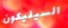
السيليكون